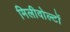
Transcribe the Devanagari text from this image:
मिलीवोल्टों